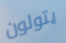
يتولون